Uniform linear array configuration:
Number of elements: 4
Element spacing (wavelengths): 0.75
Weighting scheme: uniform
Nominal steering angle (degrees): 30
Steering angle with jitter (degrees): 30.04
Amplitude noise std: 0.05
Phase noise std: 0.05

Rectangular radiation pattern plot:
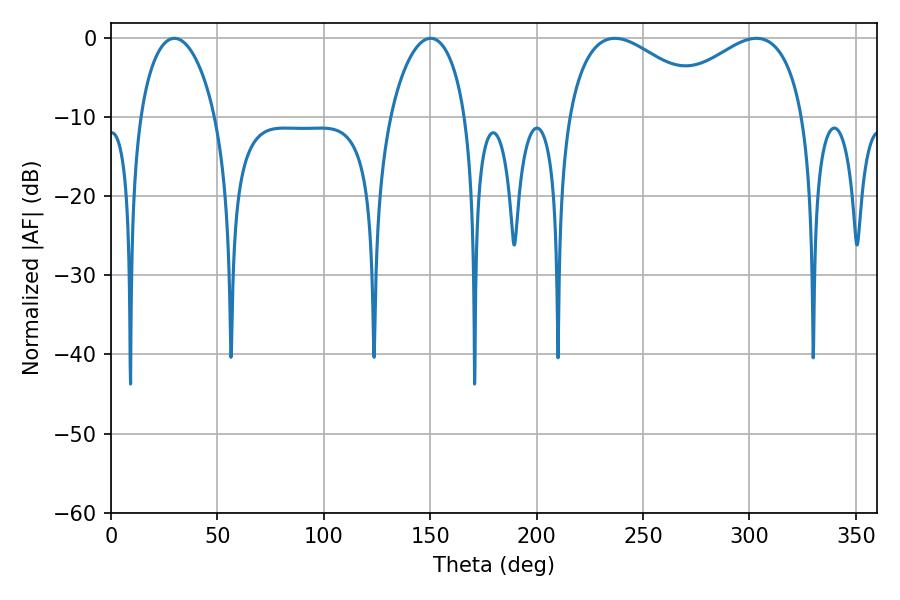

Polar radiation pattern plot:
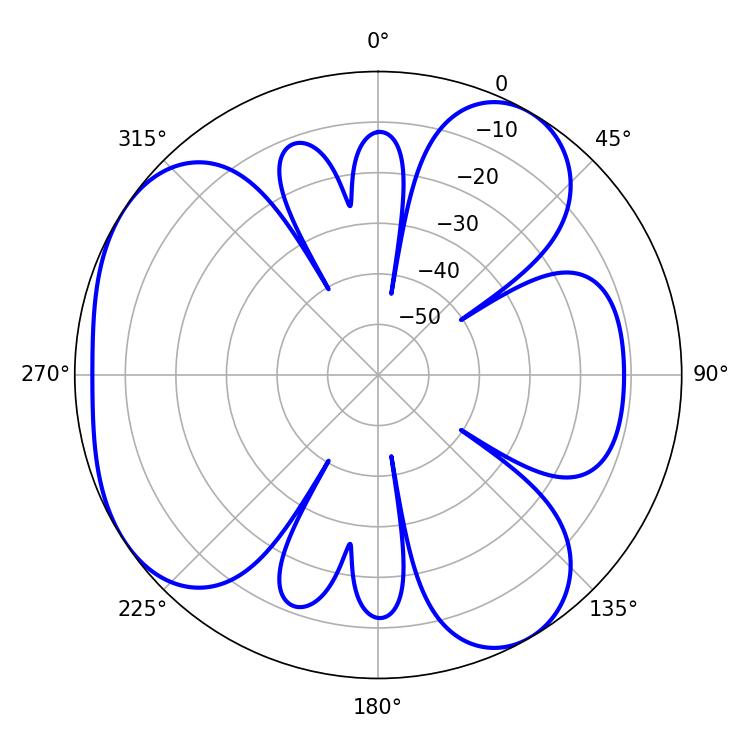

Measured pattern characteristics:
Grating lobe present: TRUE
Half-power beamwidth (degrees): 38.34
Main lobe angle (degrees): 236.7